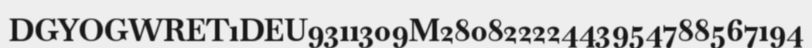
DGYOGWRET1DEU9311309M28082222443954788567194